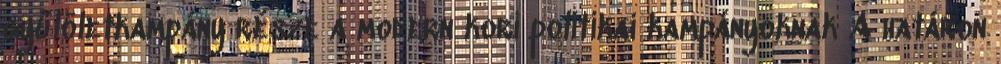
gyűlöletkampány része a modern kori politikai kampányoknak A határon